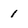
Character: 1